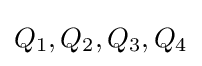
Q_{1},Q_{2},Q_{3},Q_{4}